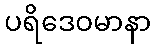
ပရိဒေဝမာနာ